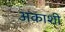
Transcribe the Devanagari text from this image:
अकाशी